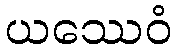
ယဿေဝံ